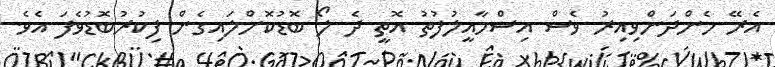
އެރޭ މެންދަންވިއިރު ވެސް އިސްމާއީލުފުތު އޮތީ ދެ ލޯ ބޮޑުކޮށްލައިގެން ފިކުރުބޮޑުވެފަ އެވެ.